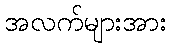
အလက်များအား